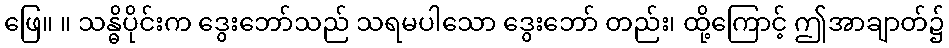
ဖြေ။ ။ သန္ဓိပိုင်းက ဒွေးဘော်သည် သရမပါသော ဒွေးဘော် တည်း၊ ထို့ကြောင့် ဤအာချာတ်၌